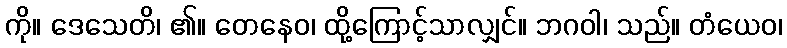
ကို။ ဒေသေတိ၊ ၏။ တေနေဝ၊ ထို့ကြောင့်သာလျှင်။ ဘဂဝါ၊ သည်။ တံယေဝ၊